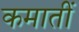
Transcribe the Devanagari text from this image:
कमातीं